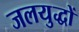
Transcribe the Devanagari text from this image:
जलयुद्धों